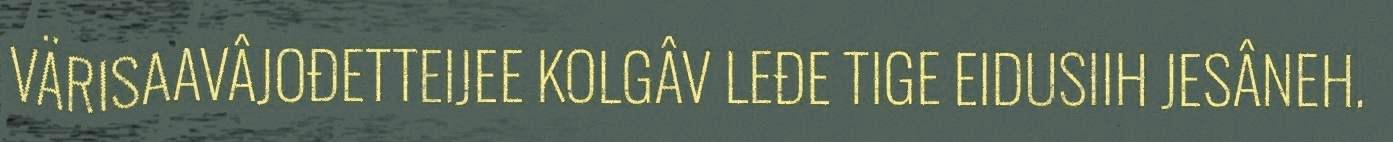
VÄRISAAVÂJOĐETTEIJEE KOLGÂV LEĐE TIGE EIDUSIIH JESÂNEH.